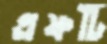
এফটি